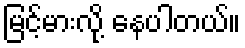
မြင့်မားလို့ နေပါတယ်။